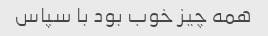
همه چیز خوب بود با سپاس